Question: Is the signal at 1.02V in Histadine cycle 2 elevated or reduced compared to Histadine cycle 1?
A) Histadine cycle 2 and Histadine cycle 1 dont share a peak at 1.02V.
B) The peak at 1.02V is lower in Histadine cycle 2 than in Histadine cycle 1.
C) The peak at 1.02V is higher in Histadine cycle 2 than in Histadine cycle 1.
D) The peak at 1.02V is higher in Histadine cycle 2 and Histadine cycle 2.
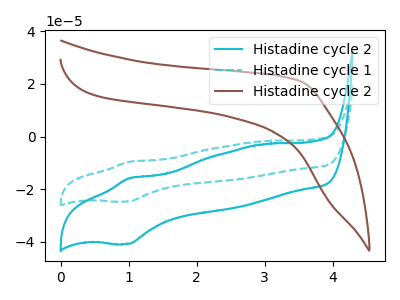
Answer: <think>The cyan curve "Histadine cycle 2" has an anodic peak at (1.00V, -15.80uA) and a cathodic peak at (1.00V, -40.75uA). The cyan dashed curve "Histadine cycle 1" has an anodic peak at (1.00V, -9.55uA) and a cathodic peak at (1.00V, -24.65uA). The brown curve "Histadine cycle 2" has no peaks.</think>
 <answer>B) The peak at 1.02V is lower in "Histadine cycle 2" than in "Histadine cycle 1".</answer>
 <eval>B</eval>